Civil Veterinary Department Bihar reports 1936-40 - 1936-1940
Year: 1936
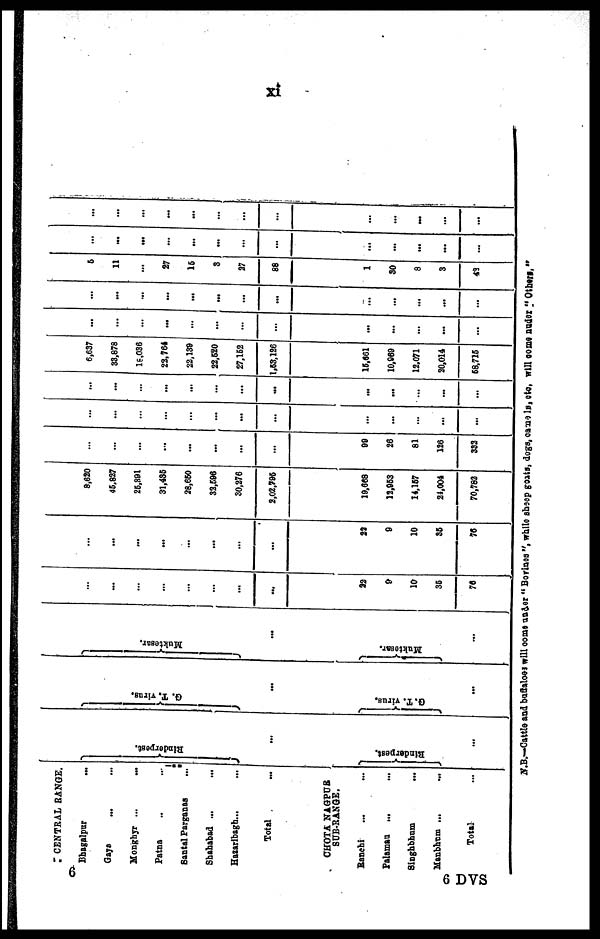
xi
CENTRAL RANGE.
Bhagalpur ...
Gaya ... ...
Monghyr ... ...
Patna .. ...
Santal Parganas ...
Shahabad ... ...
Hazaribagh ...
Total ...
CHOTA NAGPUR
SUB-RANGE.
Ranchi ... ...
Palamau ... ...
Singhbhum
...
Manbhum ... ...
Total …
Rinderpest.
...
Rinderpest.
…
G. T. vi rus.
...
G.T. virus.
...
Mukt e s a r
.
...
Mukt e s a r
.
...
…
...
…
…
...
…
…
...
22
9
10
36
76
…
...
...
...
...
...
…
…
22
9
10
35
76
8,620
46.827
26,391
31,436
28,660
33,596
30,276
2,02,795
19,668
12,963
14,167
24,004
70,782
…
…
…
…
...
...
...
…
99
26
81
126
333
…
…
…
…
…
…
…
…
…
…
…
…
…
…
…
…
...
...
…
...
...
...
...
…
…
…
6,637
33,878
18,036
23,764
22.139
22,520
27,162
1,63,126
15,661
10,969
12,071
20,014
68,715
…
…
…
...
…
…
…
…
...
…
…
...
…
…
...
…
...
...
...
…
...
…
...
...
...
…
6
11
...
27
16
3
27
88
1
30
8
3
43
…
...
...
…
...
...
…
...
...
…
...
...
...
...
…
…
...
...
…
…
…
…
…
...
…
...
6
6 DVS
N.B.—Cattle and buffaloes will come under " Bovines ", white sheep goats, dogs, camels, etc. will come under " Others,"